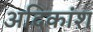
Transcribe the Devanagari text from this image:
अदिकांश